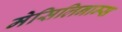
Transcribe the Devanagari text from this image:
मेसिलिनाम्स